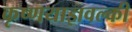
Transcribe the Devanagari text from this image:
कृष्णयाज्ञवल्की